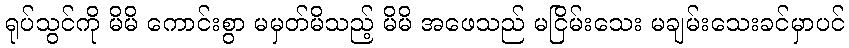
ရုပ်သွင်ကို မိမိ ကောင်းစွာ မမှတ်မိသည့် မိမိ အဖေသည် မငြိမ်းသေး မချမ်းသေးခင်မှာပင်